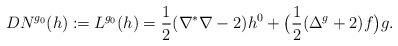
LaTeX: \begin{align*}DN^{g_0}(h) \coloneqq L^{g_0}(h)=\frac{1}{2}(\nabla^{\ast}\nabla-2)h^0+\big(\frac{1}{2}(\Delta^g+2)f\big)g.\end{align*}